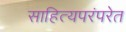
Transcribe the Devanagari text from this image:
साहित्यपरंपरेत